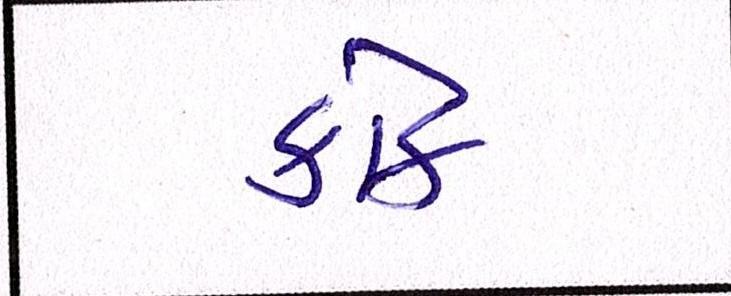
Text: કોક